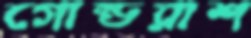
গোল্ডরাশ